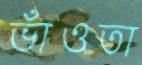
ভাঁওতা